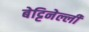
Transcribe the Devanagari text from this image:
बेट्टिनेल्ली